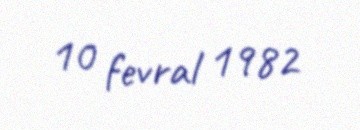
10 fevral 1982